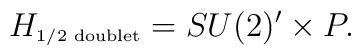
H_{\mbox{\tiny 1/2 doublet}} = SU(2)' \times P.